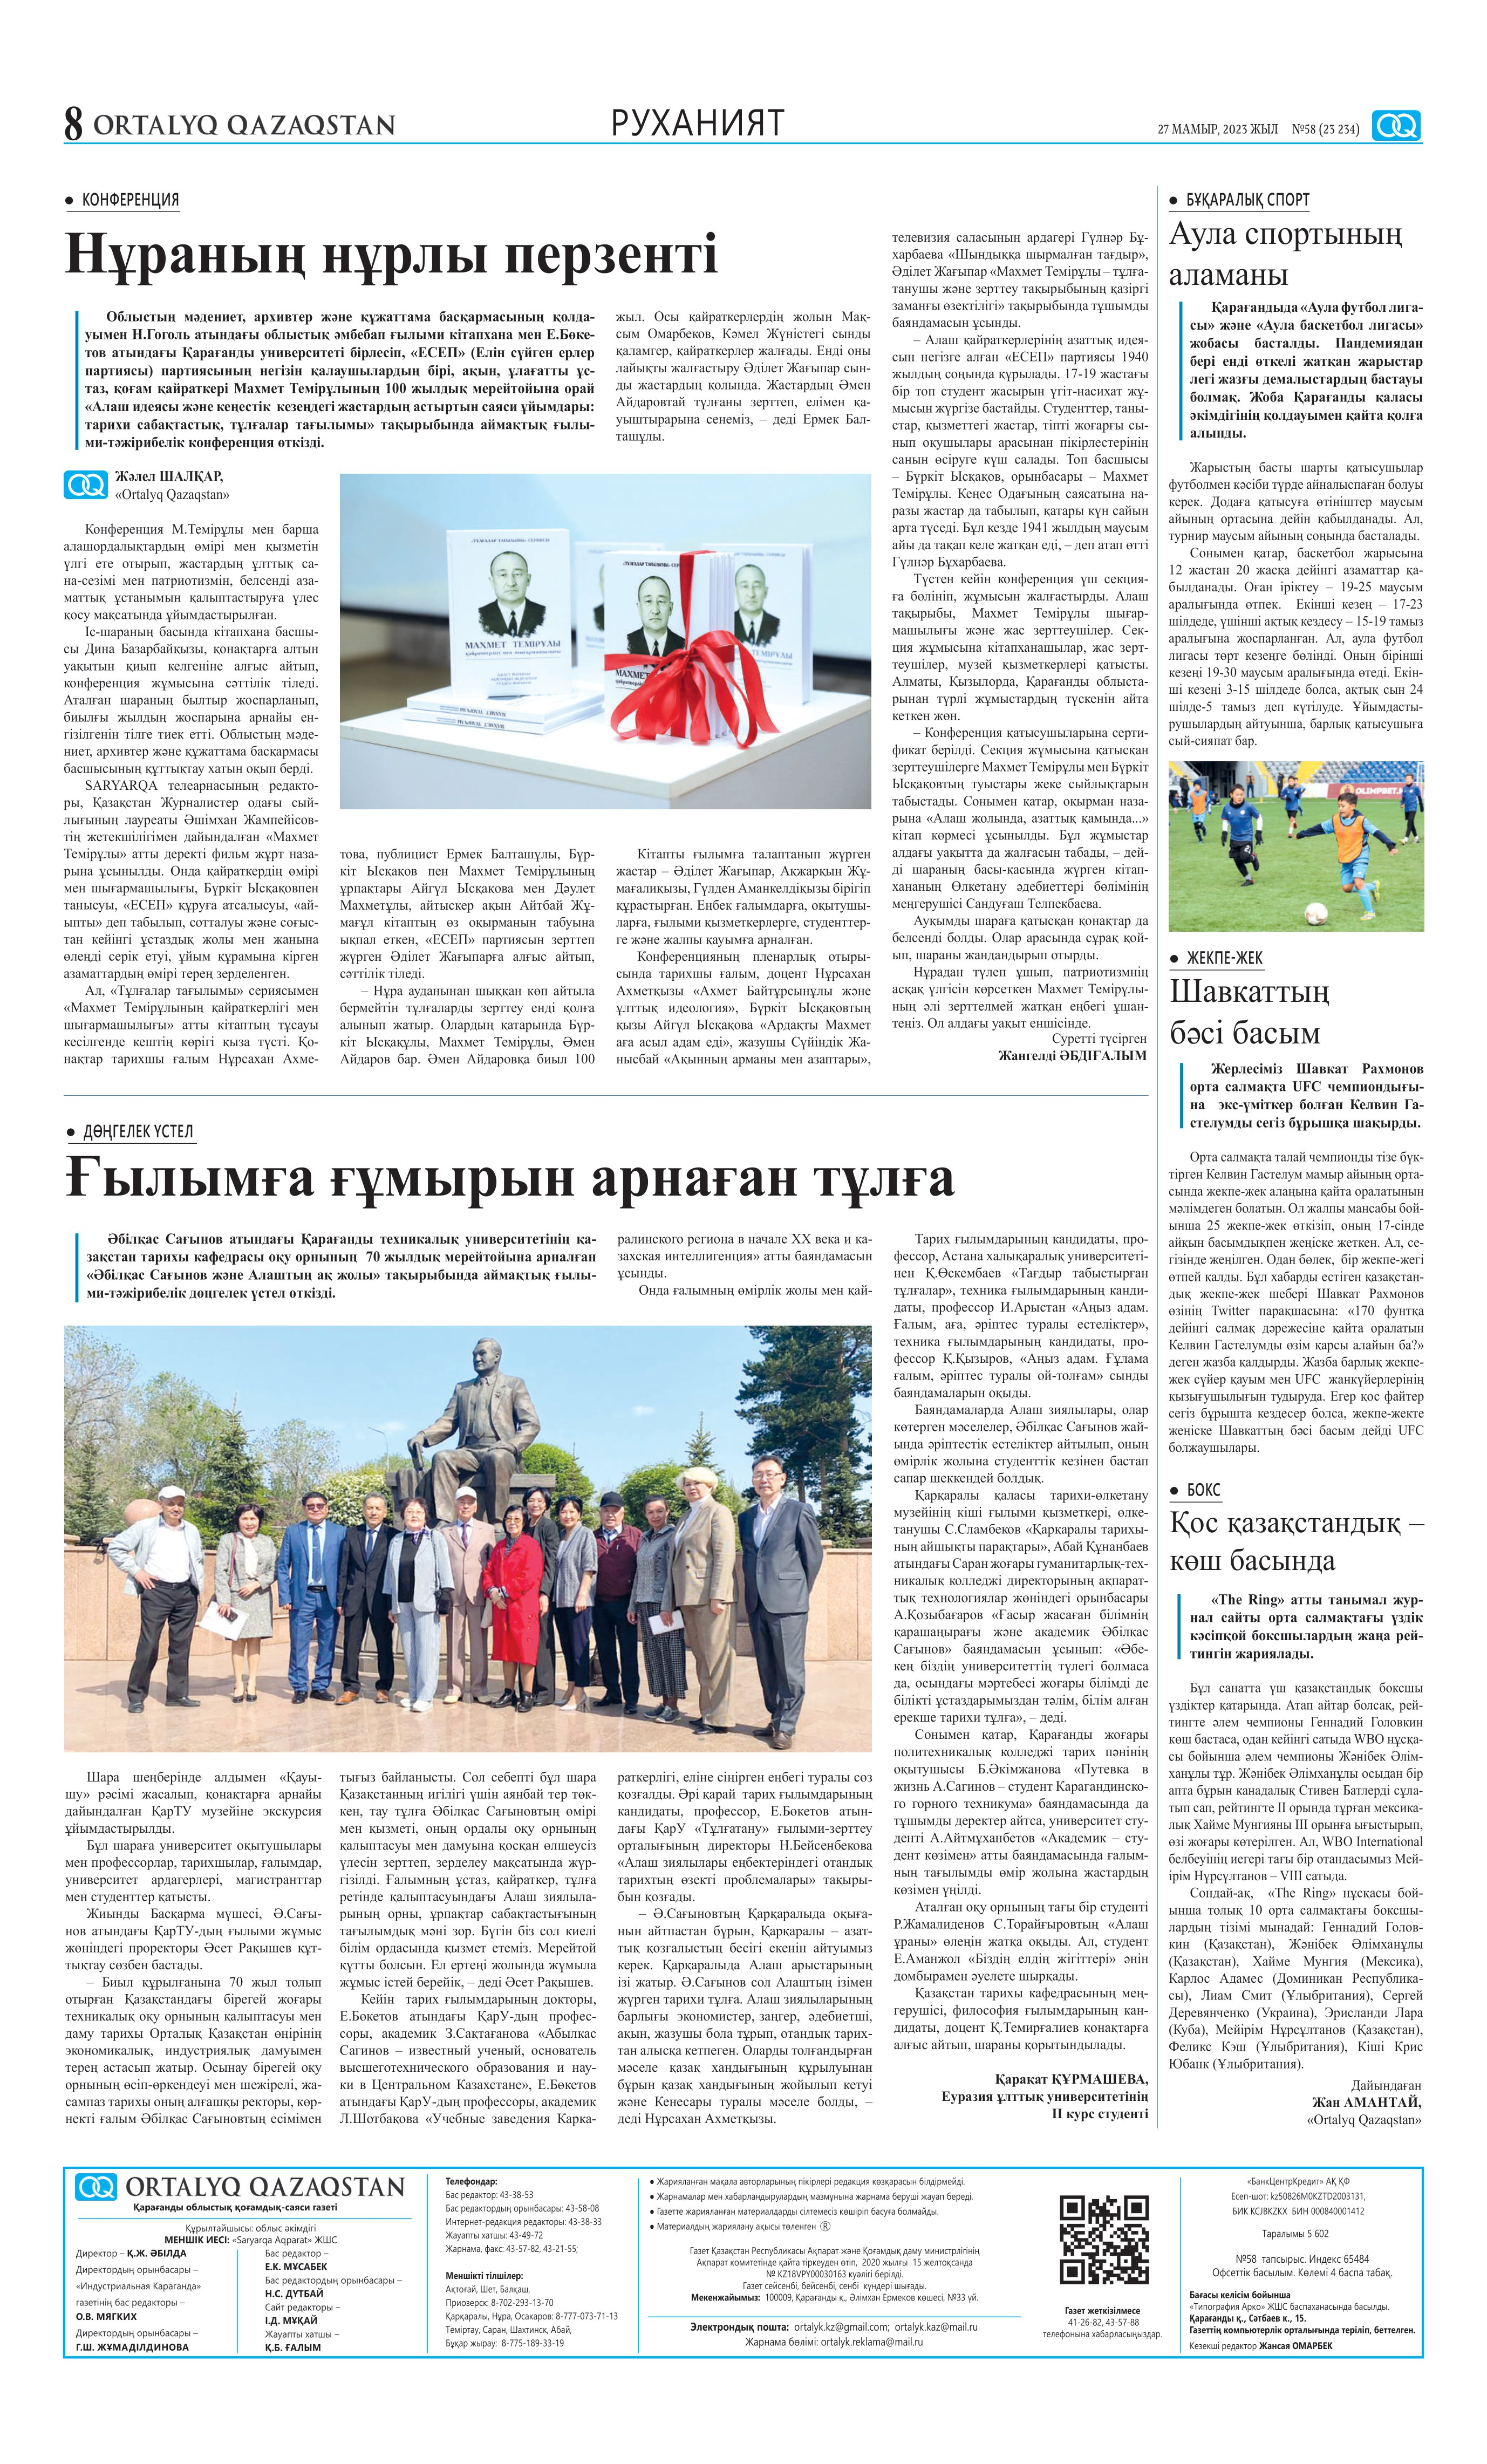
Language: kk